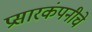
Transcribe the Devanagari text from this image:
प्रसारकंपनीचे